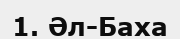
1. Әл-Баха